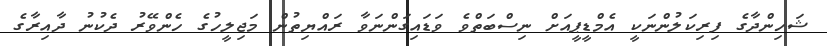
ޝަހިންދާގެ ފިރިކަލުންނަކީ އެމްޑީޕީއަށް ނިސްބަތްވެ ވަޑައިގަންނަވާ ރައްޔިތުން މަޖިލީހުގެ ހެންވޭރު ދެކުނު ދާއިރާގެ